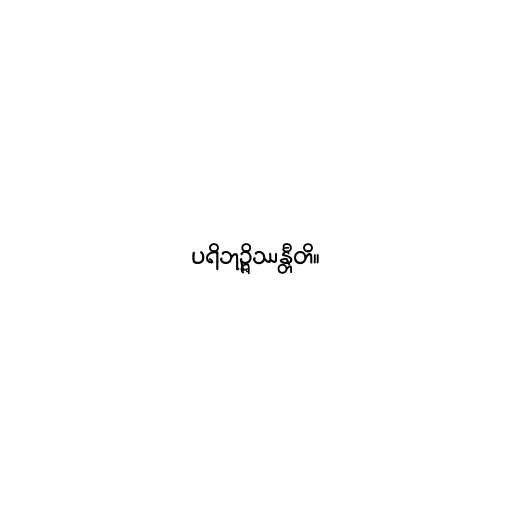
ပရိဘုဉ္ဇိဿန္တီတိ။